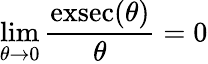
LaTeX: \operatorname*{lim}_{\theta\to 0}{\frac{\operatorname{exsec}(\theta)}{\theta}}=0